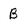
Character: B